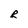
Character: R